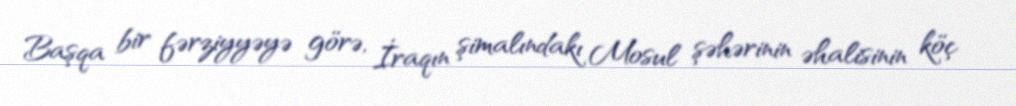
Başqa bir fərziyyəyə görə, İraqın şimalındakı Mosul şəhərinin əhalisinin köç